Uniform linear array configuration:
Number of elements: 4
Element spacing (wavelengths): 1
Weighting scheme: uniform
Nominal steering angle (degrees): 15
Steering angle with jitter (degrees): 16.156
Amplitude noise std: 0.05
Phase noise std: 0.05

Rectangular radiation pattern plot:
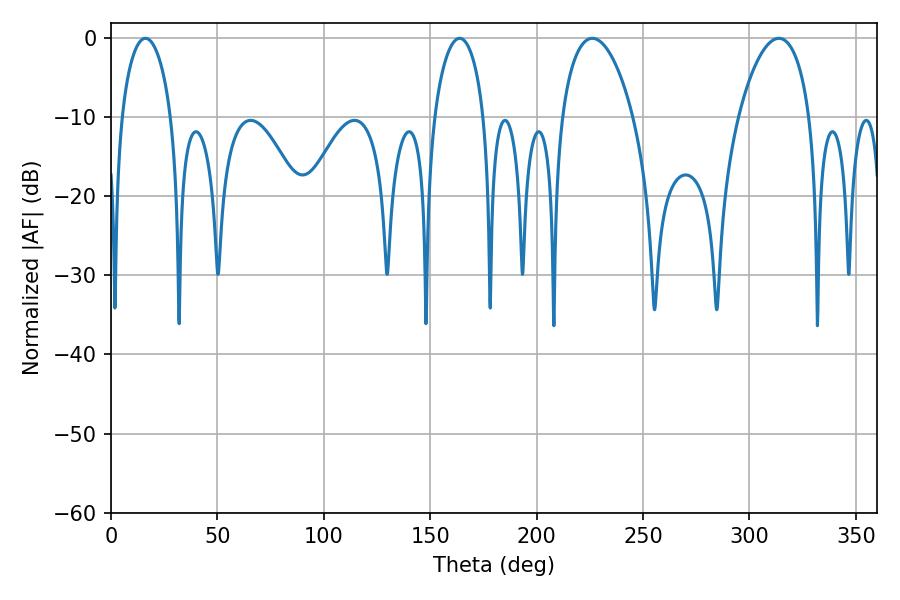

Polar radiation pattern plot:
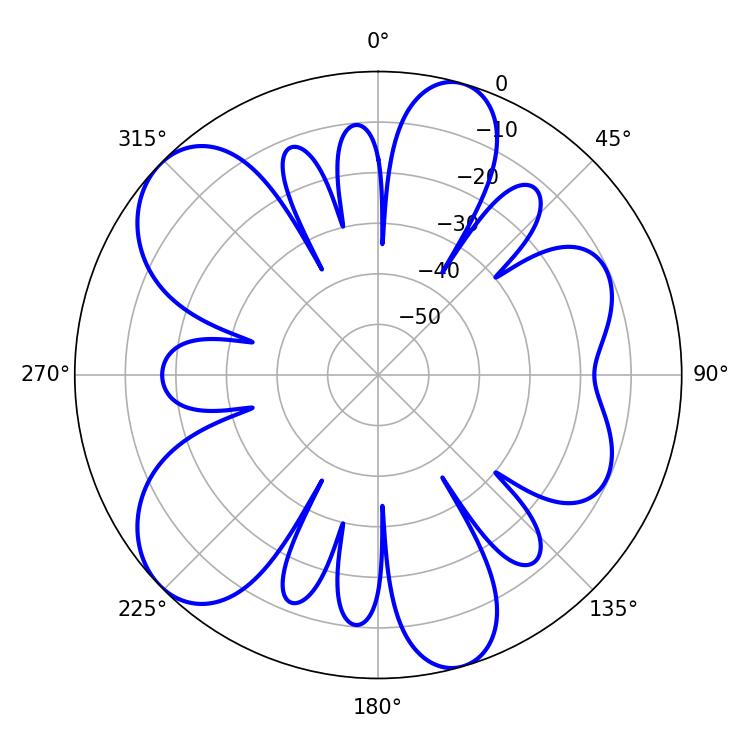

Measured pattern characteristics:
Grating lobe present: TRUE
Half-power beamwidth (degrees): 13.5
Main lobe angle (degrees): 16.2